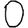
Digit: 0